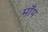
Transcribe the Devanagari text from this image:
माँप